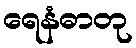
ရေနံဓာတု